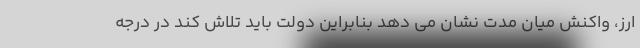
ارز، واکنش میان مدت نشان می دهد بنابراین دولت باید تلاش کند در درجه